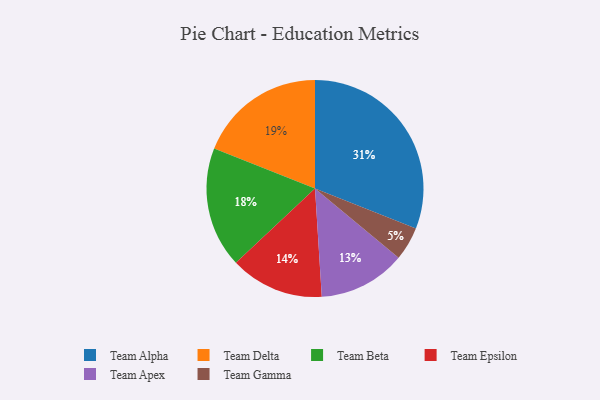
{"axis": {"x": "Category", "y": "Percentage"}, "legend": ["Team Alpha", "Team Apex", "Team Beta", "Team Delta", "Team Epsilon", "Team Gamma"], "data": [{"x": "Team Epsilon", "y": 14, "type": "Team Epsilon"}, {"x": "Team Gamma", "y": 5, "type": "Team Gamma"}, {"x": "Team Alpha", "y": 31, "type": "Team Alpha"}, {"x": "Team Delta", "y": 19, "type": "Team Delta"}, {"x": "Team Beta", "y": 18, "type": "Team Beta"}, {"x": "Team Apex", "y": 13, "type": "Team Apex"}]}